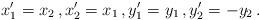
LaTeX: \begin{align*}x_1^\prime = x_2 \, , x_2^\prime = x_1 \, , y_1^\prime = y_1 \, , y_2^\prime = - y_2 \, . \end{align*}